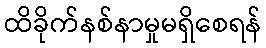
ထိခိုက်နစ်နာမှုမရှိစေရန်